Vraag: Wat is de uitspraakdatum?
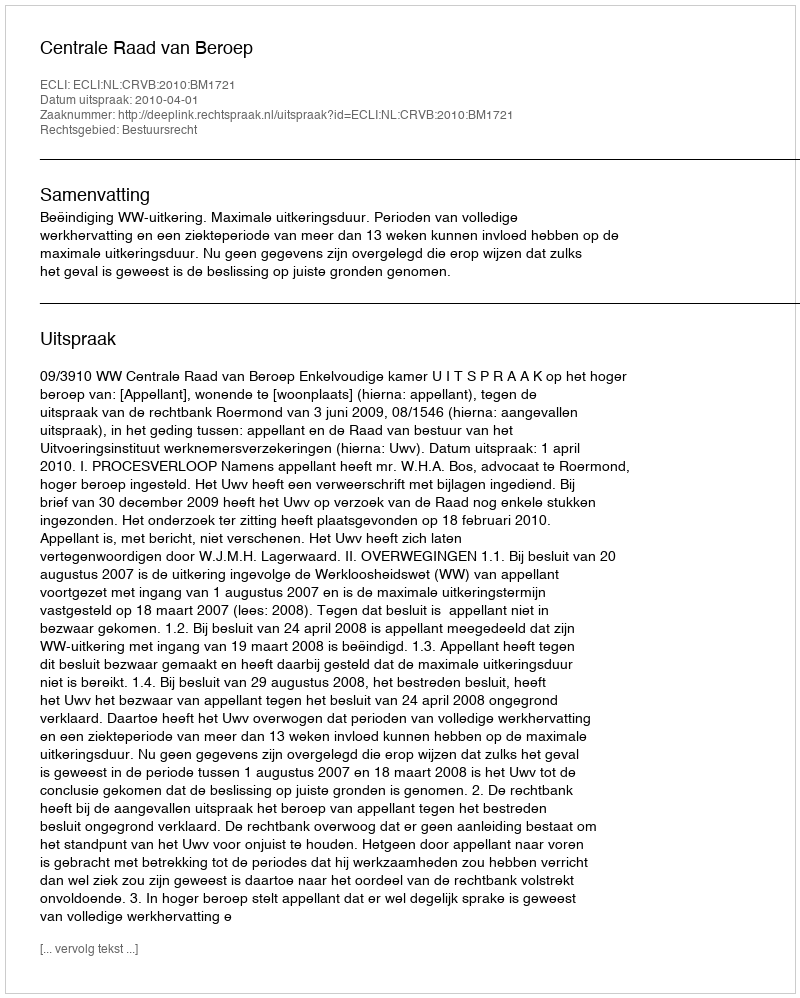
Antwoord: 2010-04-01